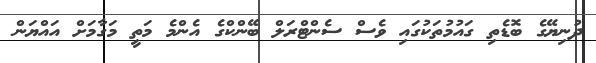
ދުނިޔޭގެ ބޮޑެތި ގައުމުތަކުގައި ވެސް ސެންޓްރަލް ބޭންކްގެ އެންމެ މަތީ މަގާމަށް އައްޔަން